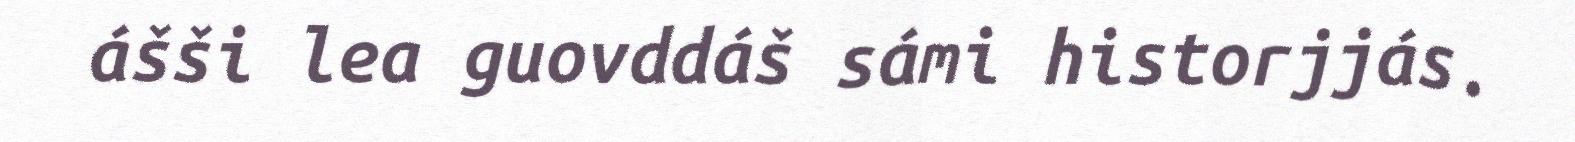
ášši lea guovddáš sámi historjjás.